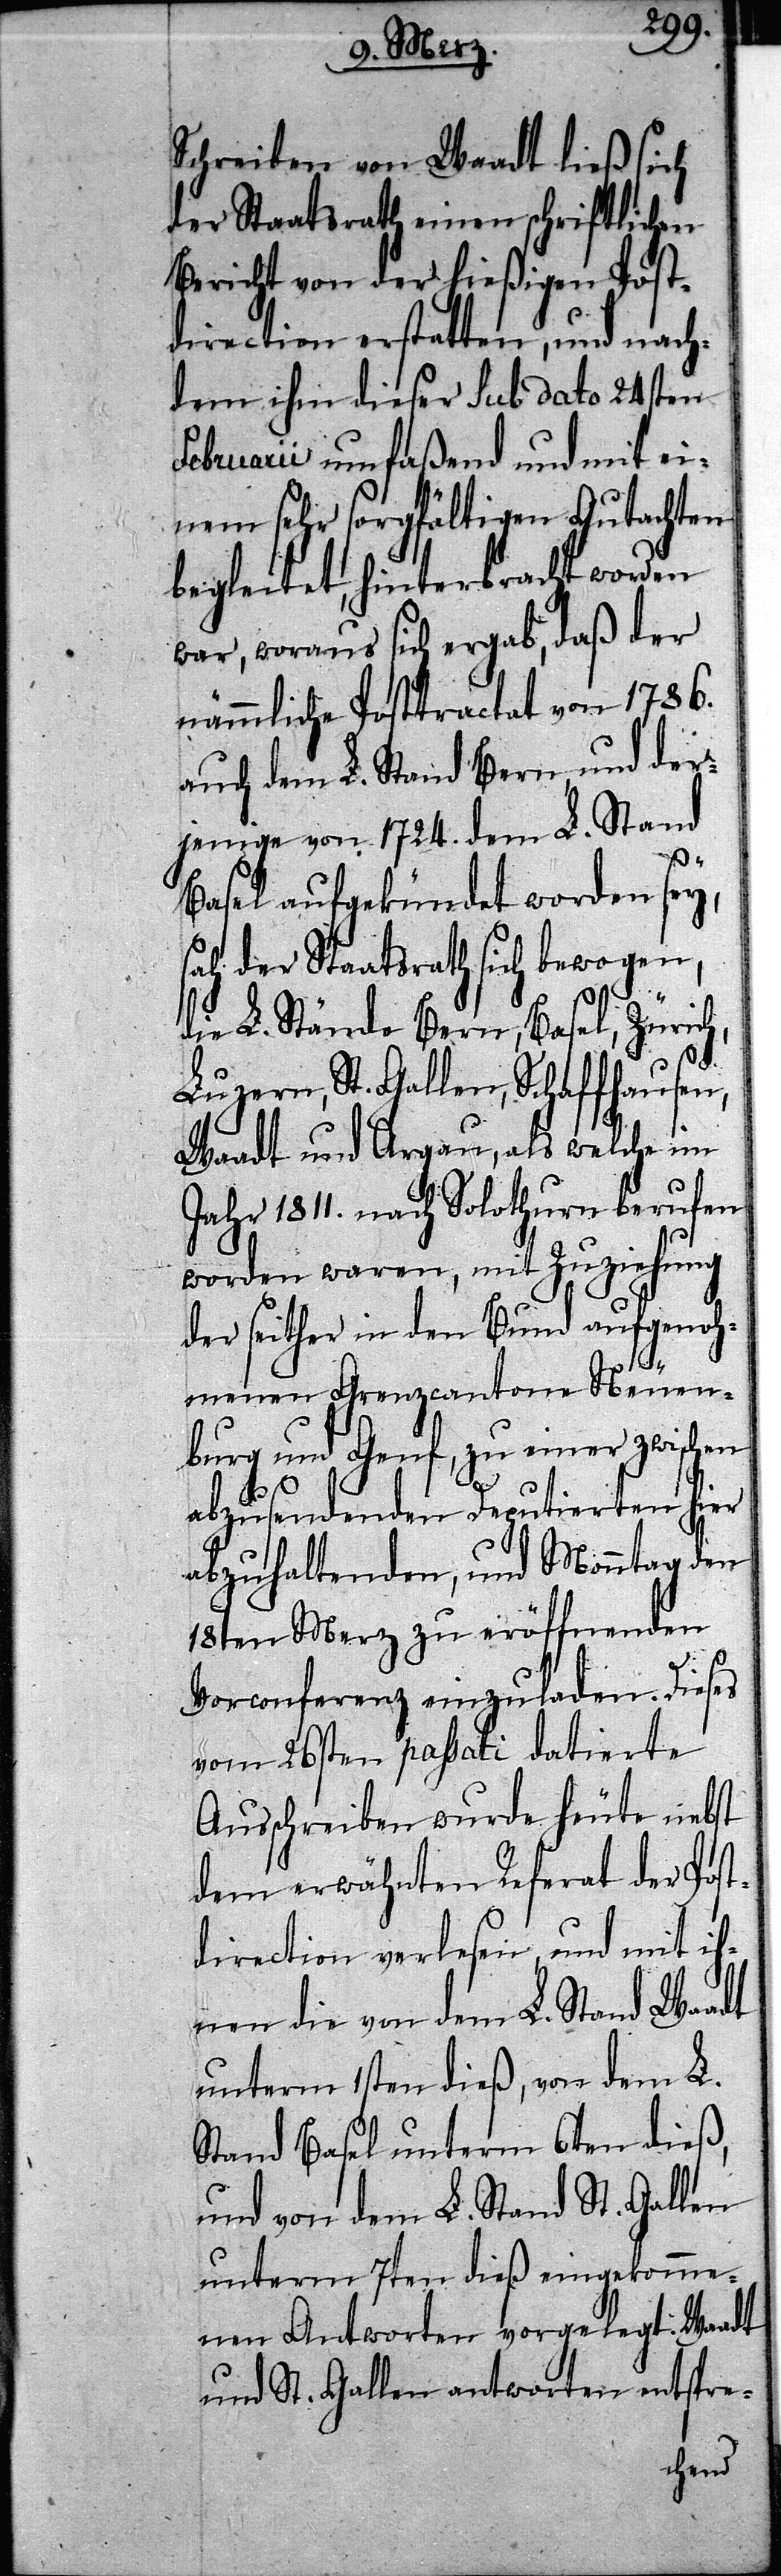
Schreiben von Waadt ließ sich
der Staatsrath einen schriftlichen
Bericht von der hießigen Post¬
direction erstatten, und nach¬
dem ihm dieser sub dato 24sten
Februarii umfaßend und mit ei¬
nem sehr sorgfältigen Gutachten
begleitet, hinterbracht worden
war, woraus sich ergab, daß der
nämmliche Postractat von 1786.
auch dem L. Stand Bern, und der¬
jenige von 1724. dem L. Stand
Basel aufgekündet worden sey,
sah der Staatsrath sich bewogen,
die L. Stände Bern, Basel, Züric¬
h,
Luzern, St. Gallen, Schaffhausen,
Waadt und Argau, als welche im
Jahr 1811. nach Solothurn berufen
worden waren, mit Zuziehung
der seither in den Bund aufgenoh¬
menen Grenzcantone Neuen¬
burg und Genf, zu einer zwischen
abzusendenden Deputierten hier
abzuhaltenden, und Monntag den
18ten Merz zu eröffnenden
Vorconferenz einzuladen. Dieses
vom 26sten passati datierte
Ausschreiben wurde heute nebst
dem erwähnten Referat der Post¬
direction verlesen, und mit ih¬
nen die von dem L. Stand Waadt
unterm 1sten dieß, von dem L.
Stand Basel unterm 6ten dieß,
und von dem L. Stand St. Gallen
unterm 7ten dieß eingekomme¬
nen Antworten vorgelegt: Waadt
und St. Gallen antworten entspre-